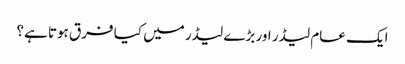
ایک عام لیڈر اور بڑے لیڈر میں کیا فرق ہوتا ہے؟